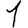
Digit: 1